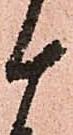
十